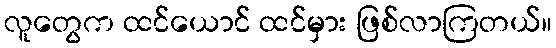
လူတွေက ထင်ယောင် ထင်မှား ဖြစ်လာကြတယ်။